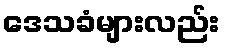
ဒေသခံများလည်း